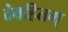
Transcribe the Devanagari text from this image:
देवहितम्